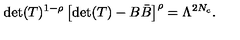
\mathrm { d e t } ( T ) ^ { 1 - \rho } \left[ \mathrm { d e t } ( T ) - B { \bar { B } } \right] ^ { \rho } = \Lambda ^ { 2 N _ { c } } .